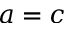
a = c